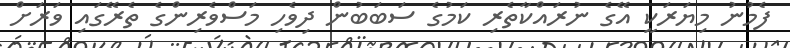
ފެމުނު މިޔަރަކީ އޭގެ ނުރައްކާތެރި ކަމުގެ ސަބަބުން ދިވެހި މަސްވެރިންގެ ތެރޭގައި ވަރަށް